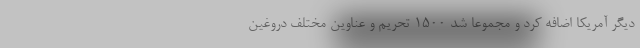
دیگر آمریکا اضافه کرد و مجموعا شد ۱۵۰۰ تحریم و عناوین مختلف دروغین